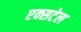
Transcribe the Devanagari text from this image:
एक्सटेल